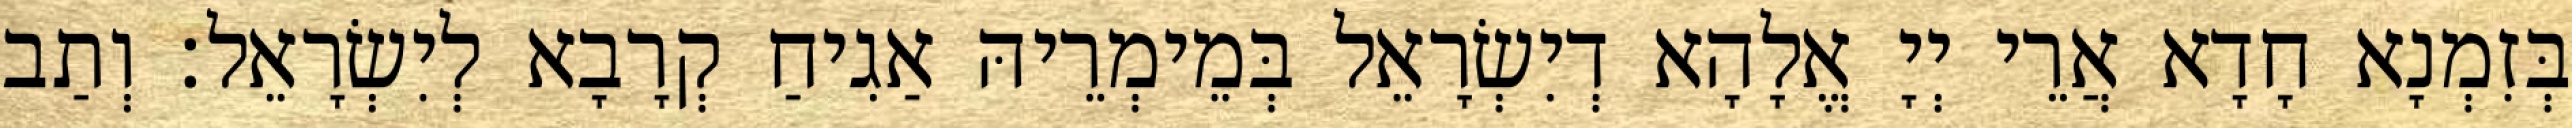
בְּזִמְנָא חָדָא אֲרֵי יְיָ אֱלָהָא דְיִשְׂרָאֵל בְּמֵימְרֵיהּ אַגִיחַ קְרָבָא לְיִשְׂרָאֵל׃ וְתַב